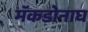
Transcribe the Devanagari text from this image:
मॅकडोनाघ